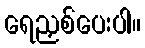
ရေညှစ်ပေးပါ။